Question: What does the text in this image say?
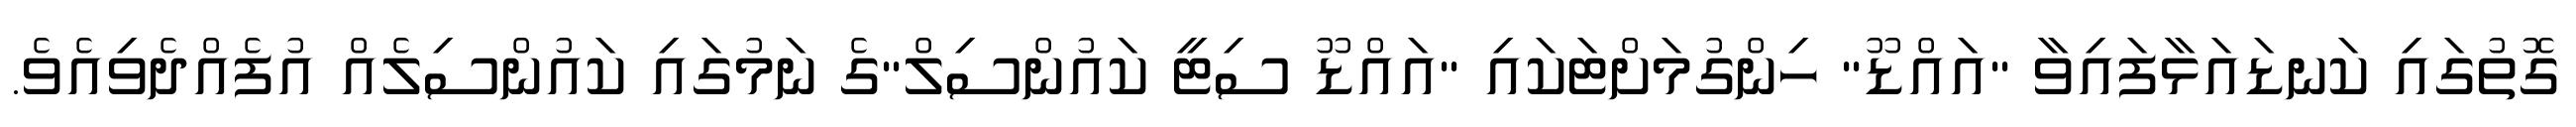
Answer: ގޮތުގައި ކަނޑައަޅާފައިވާ "އައްޑޫ" ހިންގުމަށްޓަކައި "އައްޑޫ ސިޓީ ކައުންސިލް"ގެ ނަމުގައި ކައުންސިލެއް އުފެއްދެވިއެވެ.